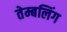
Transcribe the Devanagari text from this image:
तेम्बलिंग